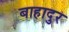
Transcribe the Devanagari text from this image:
बाहादुर